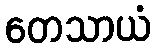
တေသာယံ